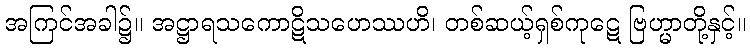
အကြင်အခါ၌။ အဋ္ဌာရသကောဋိသဟေဿဟိ၊ တစ်ဆယ့်ရှစ်ကုဋေ ဗြဟ္မာတို့နှင့်။